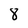
Character: 8